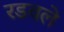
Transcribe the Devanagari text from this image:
रडवले